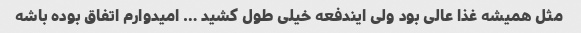
مثل همیشه غذا عالی بود ولی ایندفعه خیلی طول کشید … امیدوارم اتفاق بوده باشه